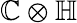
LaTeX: \mathbb{C}\otimes\mathbb{H}